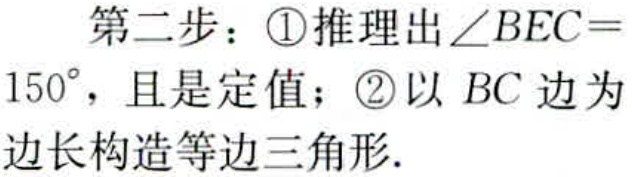
第二步：\textcircled{1}推理出\(\angle BEC = 150^{\circ}\)，且是定值；\textcircled{2}以 \(BC\) 边为边长构造等边三角形.